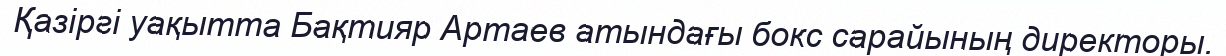
Қазіргі уақытта Бақтияр Артаев атындағы бокс сарайының директоры.